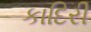
કાદિરી